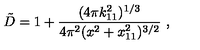
{ \tilde { D } } = 1 + { \frac { ( 4 \pi k _ { 1 1 } ^ { 2 } ) ^ { 1 / 3 } } { 4 \pi ^ { 2 } ( x ^ { 2 } + x _ { 1 1 } ^ { 2 } ) ^ { 3 / 2 } } } \ ,